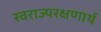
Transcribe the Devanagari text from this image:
स्वराज्यरक्षणार्थ